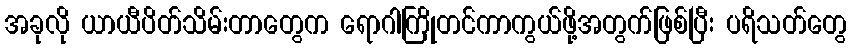
အခုလို ယာယီပိတ်သိမ်းတာတွေက ရောဂါကြိုတင်ကာကွယ်ဖို့အတွက်ဖြစ်ပြီး ပရိသတ်တွေ